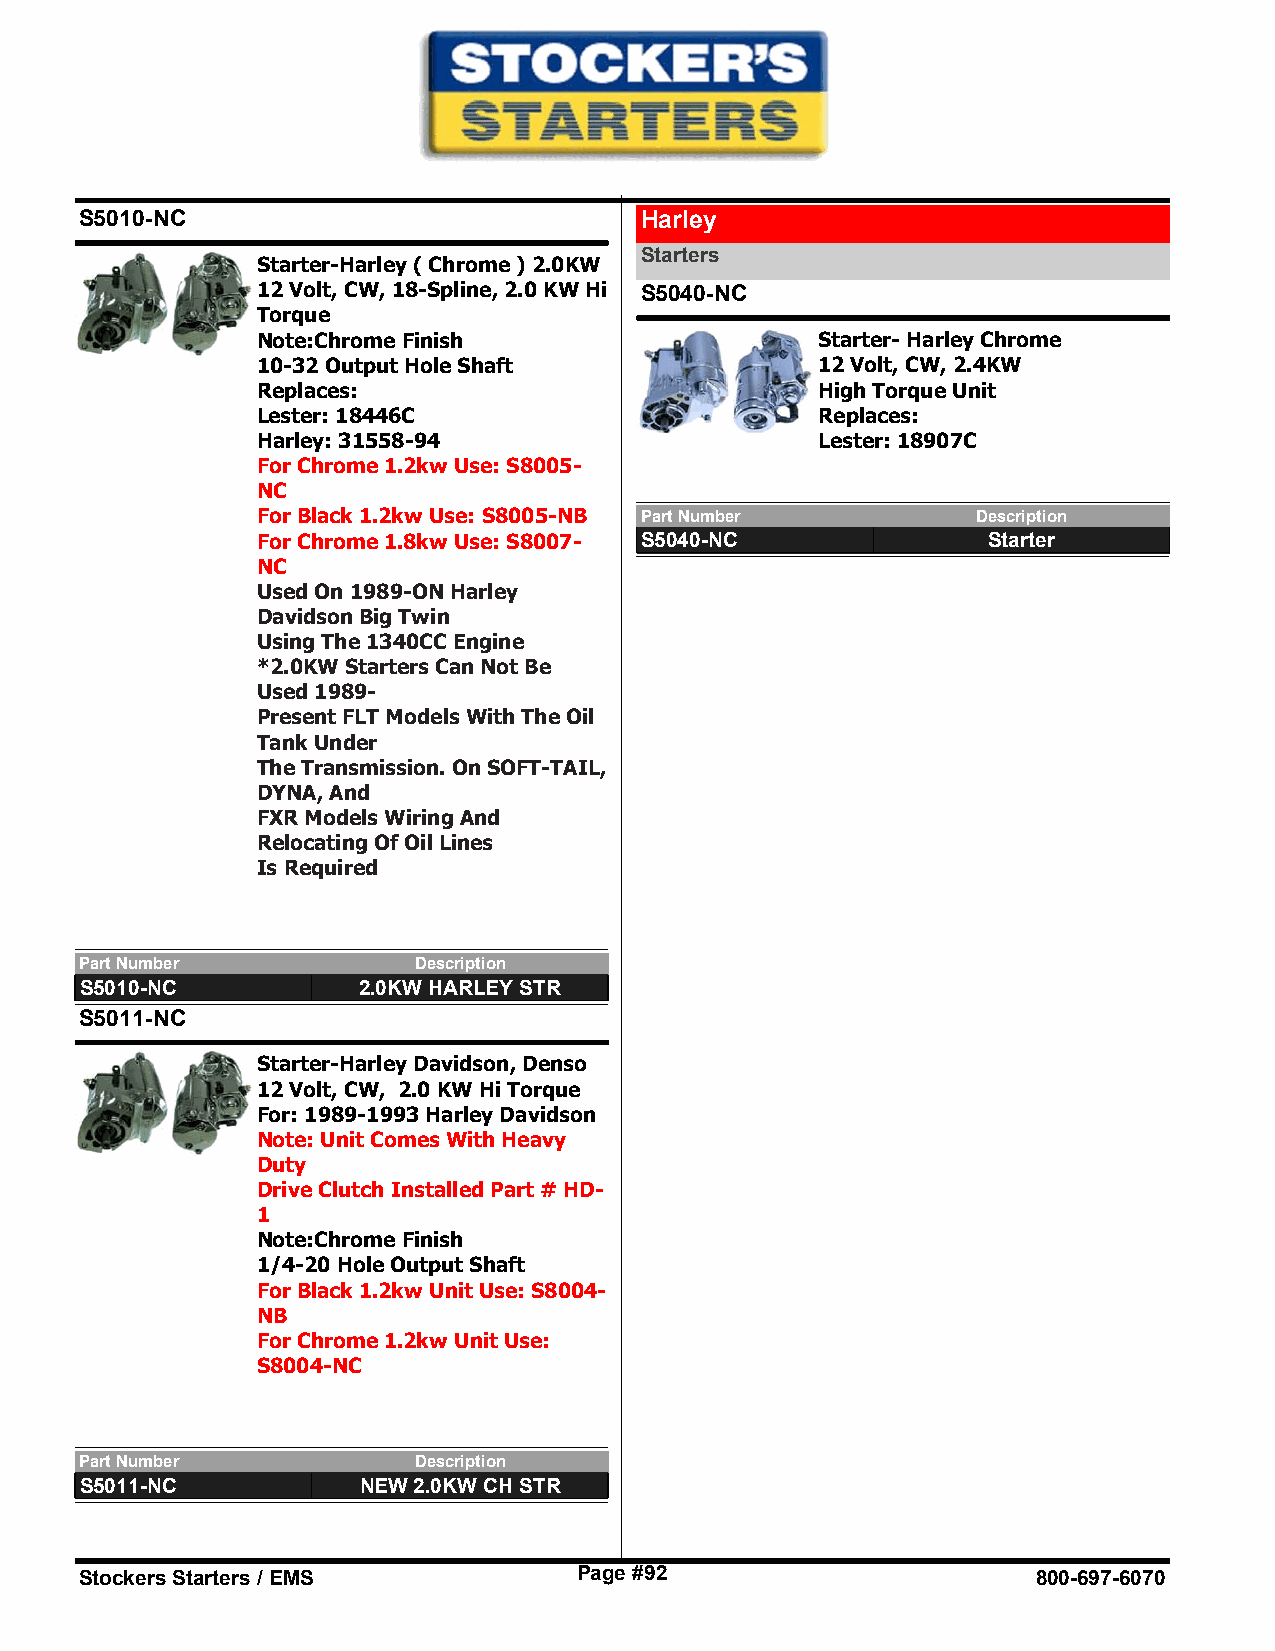
S5010-NC                             Harley
 Starters
 Starter-Harley ( Chrome ) 2.0KW
 12 Volt, CW, 18-Spline, 2.0 KW Hi S5040-NC
 Torque
 Note:Chrome Finish                   Starter- Harley Chrome
 10-32 Output Hole Shaft              12 Volt, CW, 2.4KW
 Replaces:                            High Torque Unit
 Lester: 18446C                       Replaces:
 Harley: 31558-94                     Lester: 18907C
 For Chrome 1.2kw Use: S8005-
 NC
 For Black 1.2kw Use: S8005-NB Part Number       Description
 For Chrome 1.8kw Use: S8007- S5040-NC           Starter
 NC
 Used On 1989-ON Harley
 Davidson Big Twin
 Using The 1340CC Engine
 *2.0KW Starters Can Not Be
 Used 1989-
 Present FLT Models With The Oil
 Tank Under
 The Transmission. On SOFT-TAIL,
 DYNA, And
 FXR Models Wiring And
 Relocating Of Oil Lines
 Is Required
 Part Number           Description
 S5010-NC           2.0KW HARLEY STR
 S5011-NC
 Starter-Harley Davidson, Denso
 12 Volt, CW, 2.0 KW Hi Torque
 For: 1989-1993 Harley Davidson
 Note: Unit Comes With Heavy
 Duty
 Drive Clutch Installed Part # HD-
 1
 Note:Chrome Finish
 1/4-20 Hole Output Shaft
 For Black 1.2kw Unit Use: S8004-
 NB
 For Chrome 1.2kw Unit Use:
 S8004-NC
 Part Number           Description
 S5011-NC           NEW 2.0KW CH STR
 Stockers Starters / EMS          Page #92                       800-697-6070